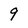
Character: q